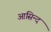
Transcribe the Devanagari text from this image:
आसिन्‍द